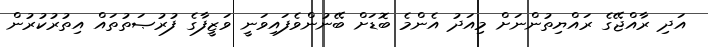
އަދި ރާއްޖޭގެ ރައްޔިތުންނަށް މިއަދު އެންމެ ބޮޑަށް ބޭނުންވެފައިވަނީ ވަޒީފާގެ ފުރުޞަތުތައް އިތުރުކުރުން